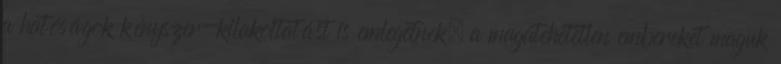
a hatóságok kényszer-kilakoltatást is emlegetnek, a magatehetetlen embereket maguk